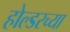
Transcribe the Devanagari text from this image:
होल्डरच्या